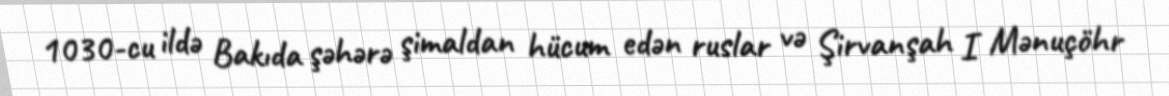
1030-cu ildə Bakıda şəhərə şimaldan hücum edən ruslar və Şirvanşah I Mənuçöhr